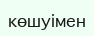
көшуімен